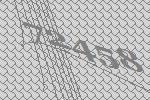
72458